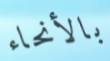
بالأنحاء